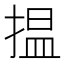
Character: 揾